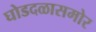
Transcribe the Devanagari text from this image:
घोडदळासमोर